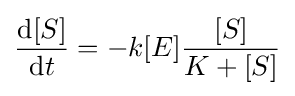
{\frac {{\text{d}}[S]}{{\text{d}}t}}=-k[E]{\frac {[S]}{K+[S]}}